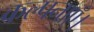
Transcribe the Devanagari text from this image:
कल्पनाएँ।